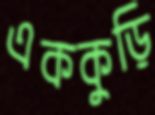
এককুড়ি